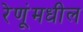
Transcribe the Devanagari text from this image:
रेणूंमधील